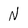
Character: N